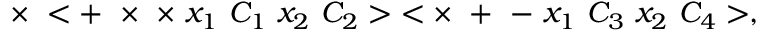
\times ~ < + ~ \times ~ \times ~ x _ { 1 } ~ C _ { 1 } ~ x _ { 2 } ~ C _ { 2 } > ~ < \times ~ + ~ - ~ x _ { 1 } ~ C _ { 3 } ~ x _ { 2 } ~ C _ { 4 } > ,